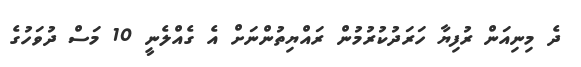
ދެ މިނިއަން ރުފިޔާ ހަރަދުކުރުމުން ރައްޔިތުންނަށް އެ ގެއްލެނީ 10 މަސް ދުވަހުގެ